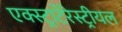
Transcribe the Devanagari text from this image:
एक्स्ट्राटेरेस्ट्रीयल